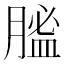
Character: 𦞟